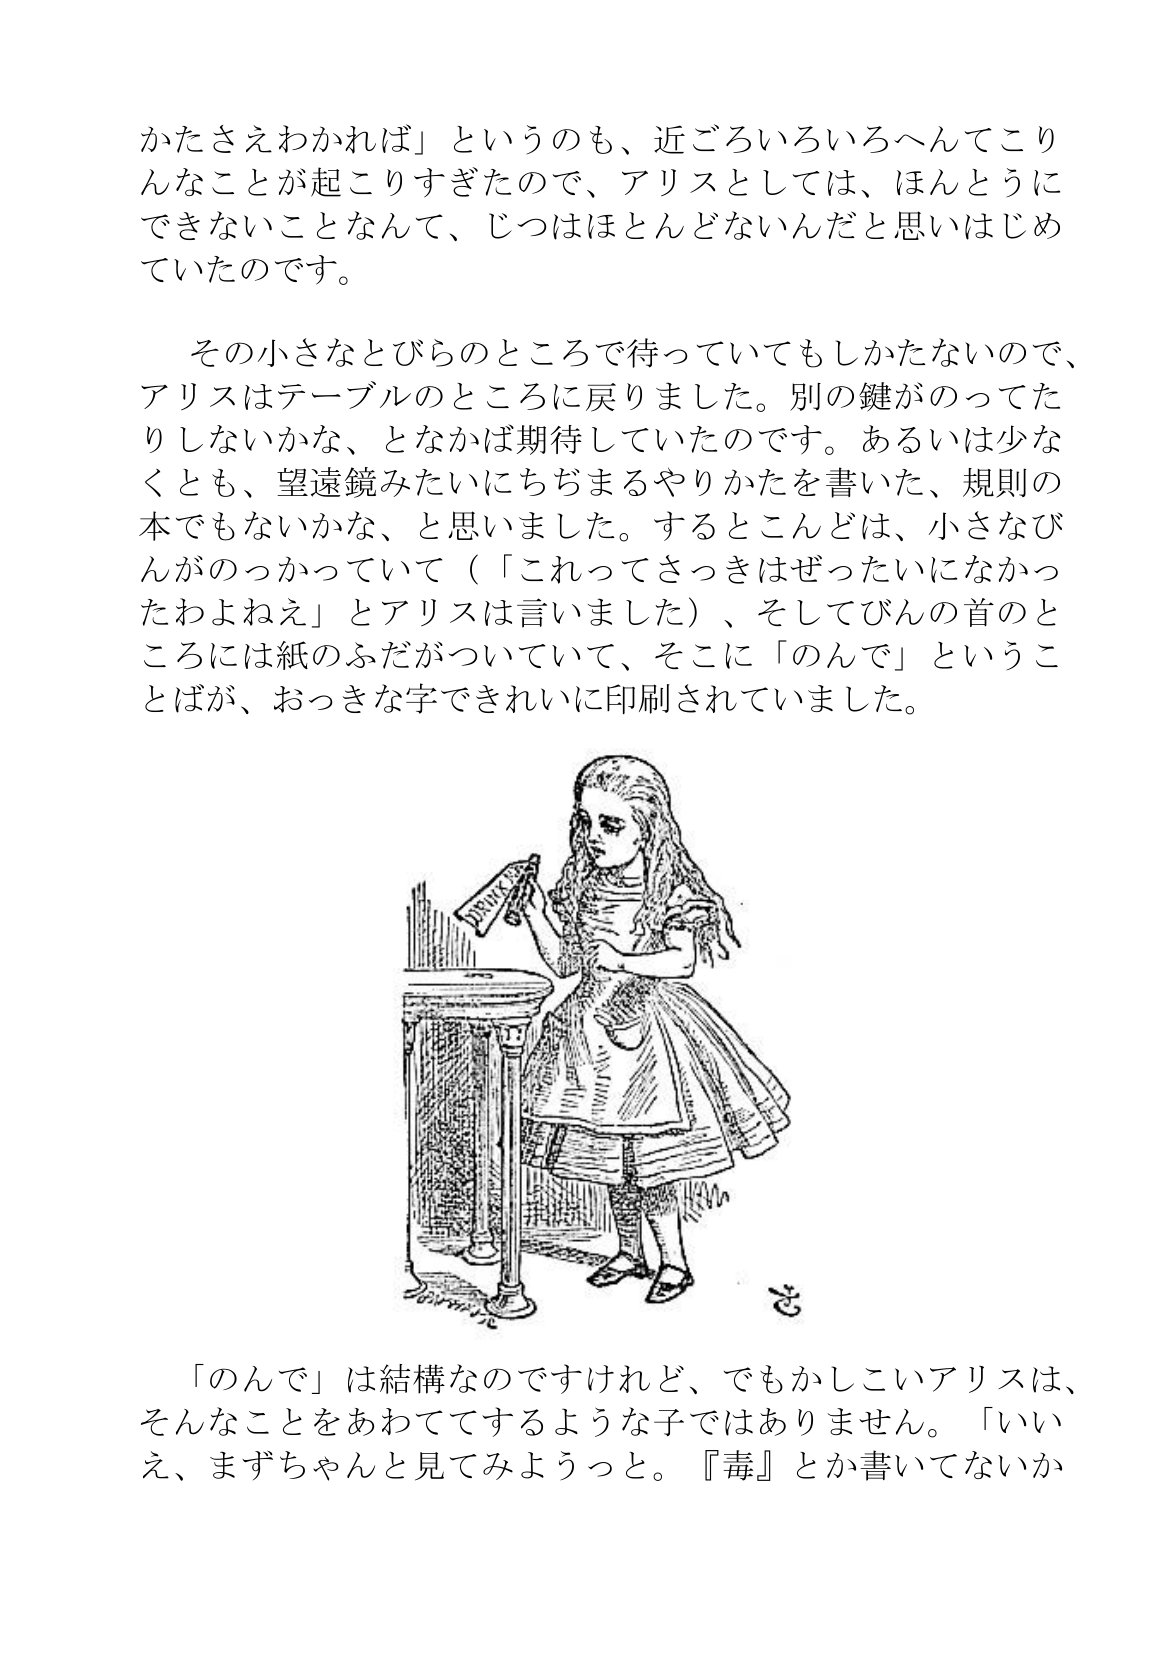
Language: ja